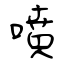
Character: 噴